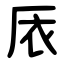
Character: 㕈